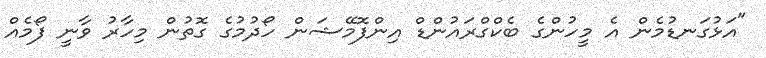
"އަޅުގަނޑުމެން އެ މީހުންގެ ބެކްގްރައުންޑް އިންފޮމޭޝަން ހޯދުމުގެ ގޮތުން މިހާރު ވާނީ ފޯމެއް